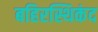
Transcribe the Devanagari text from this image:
बहिरस्थिकंद